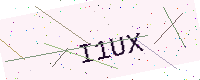
Text: I1UX